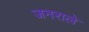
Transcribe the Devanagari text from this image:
जनराले